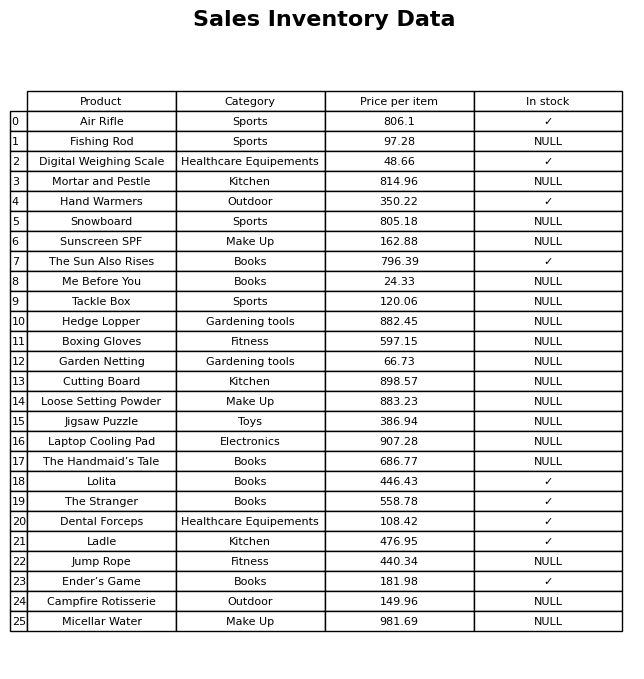
question: What category does the Tackle Box belong to?
answer: Sports